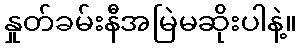
နှုတ်ခမ်းနီအမြဲမဆိုးပါနဲ့။